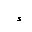
Letter: _hamza